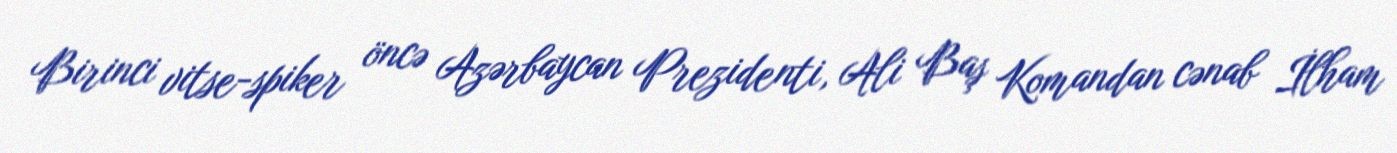
Birinci vitse-spiker öncə Azərbaycan Prezidenti, Ali Baş Komandan cənab İlham